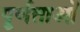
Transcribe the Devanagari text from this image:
पूर्णताओं